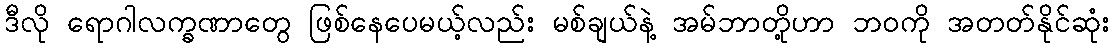
ဒီလို ရောဂါလက္ခဏာတွေ ဖြစ်နေပေမယ့်လည်း မစ်ချယ်နဲ့ အမ်ဘာတို့ဟာ ဘဝကို အတတ်နိုင်ဆုံး